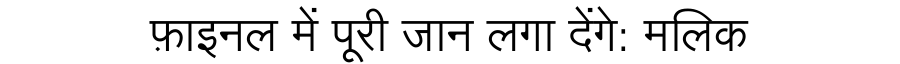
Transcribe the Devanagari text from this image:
फ़ाइनल में पूरी जान लगा देंगे: मलिक